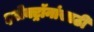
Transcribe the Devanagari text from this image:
इलेक्ट्रॉनांसाठी